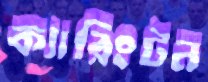
ক্যারিংটন